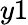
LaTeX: y1